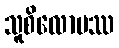
သူစိလောမဿ